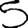
Digit: 5